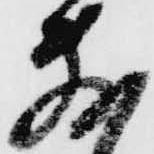
敷